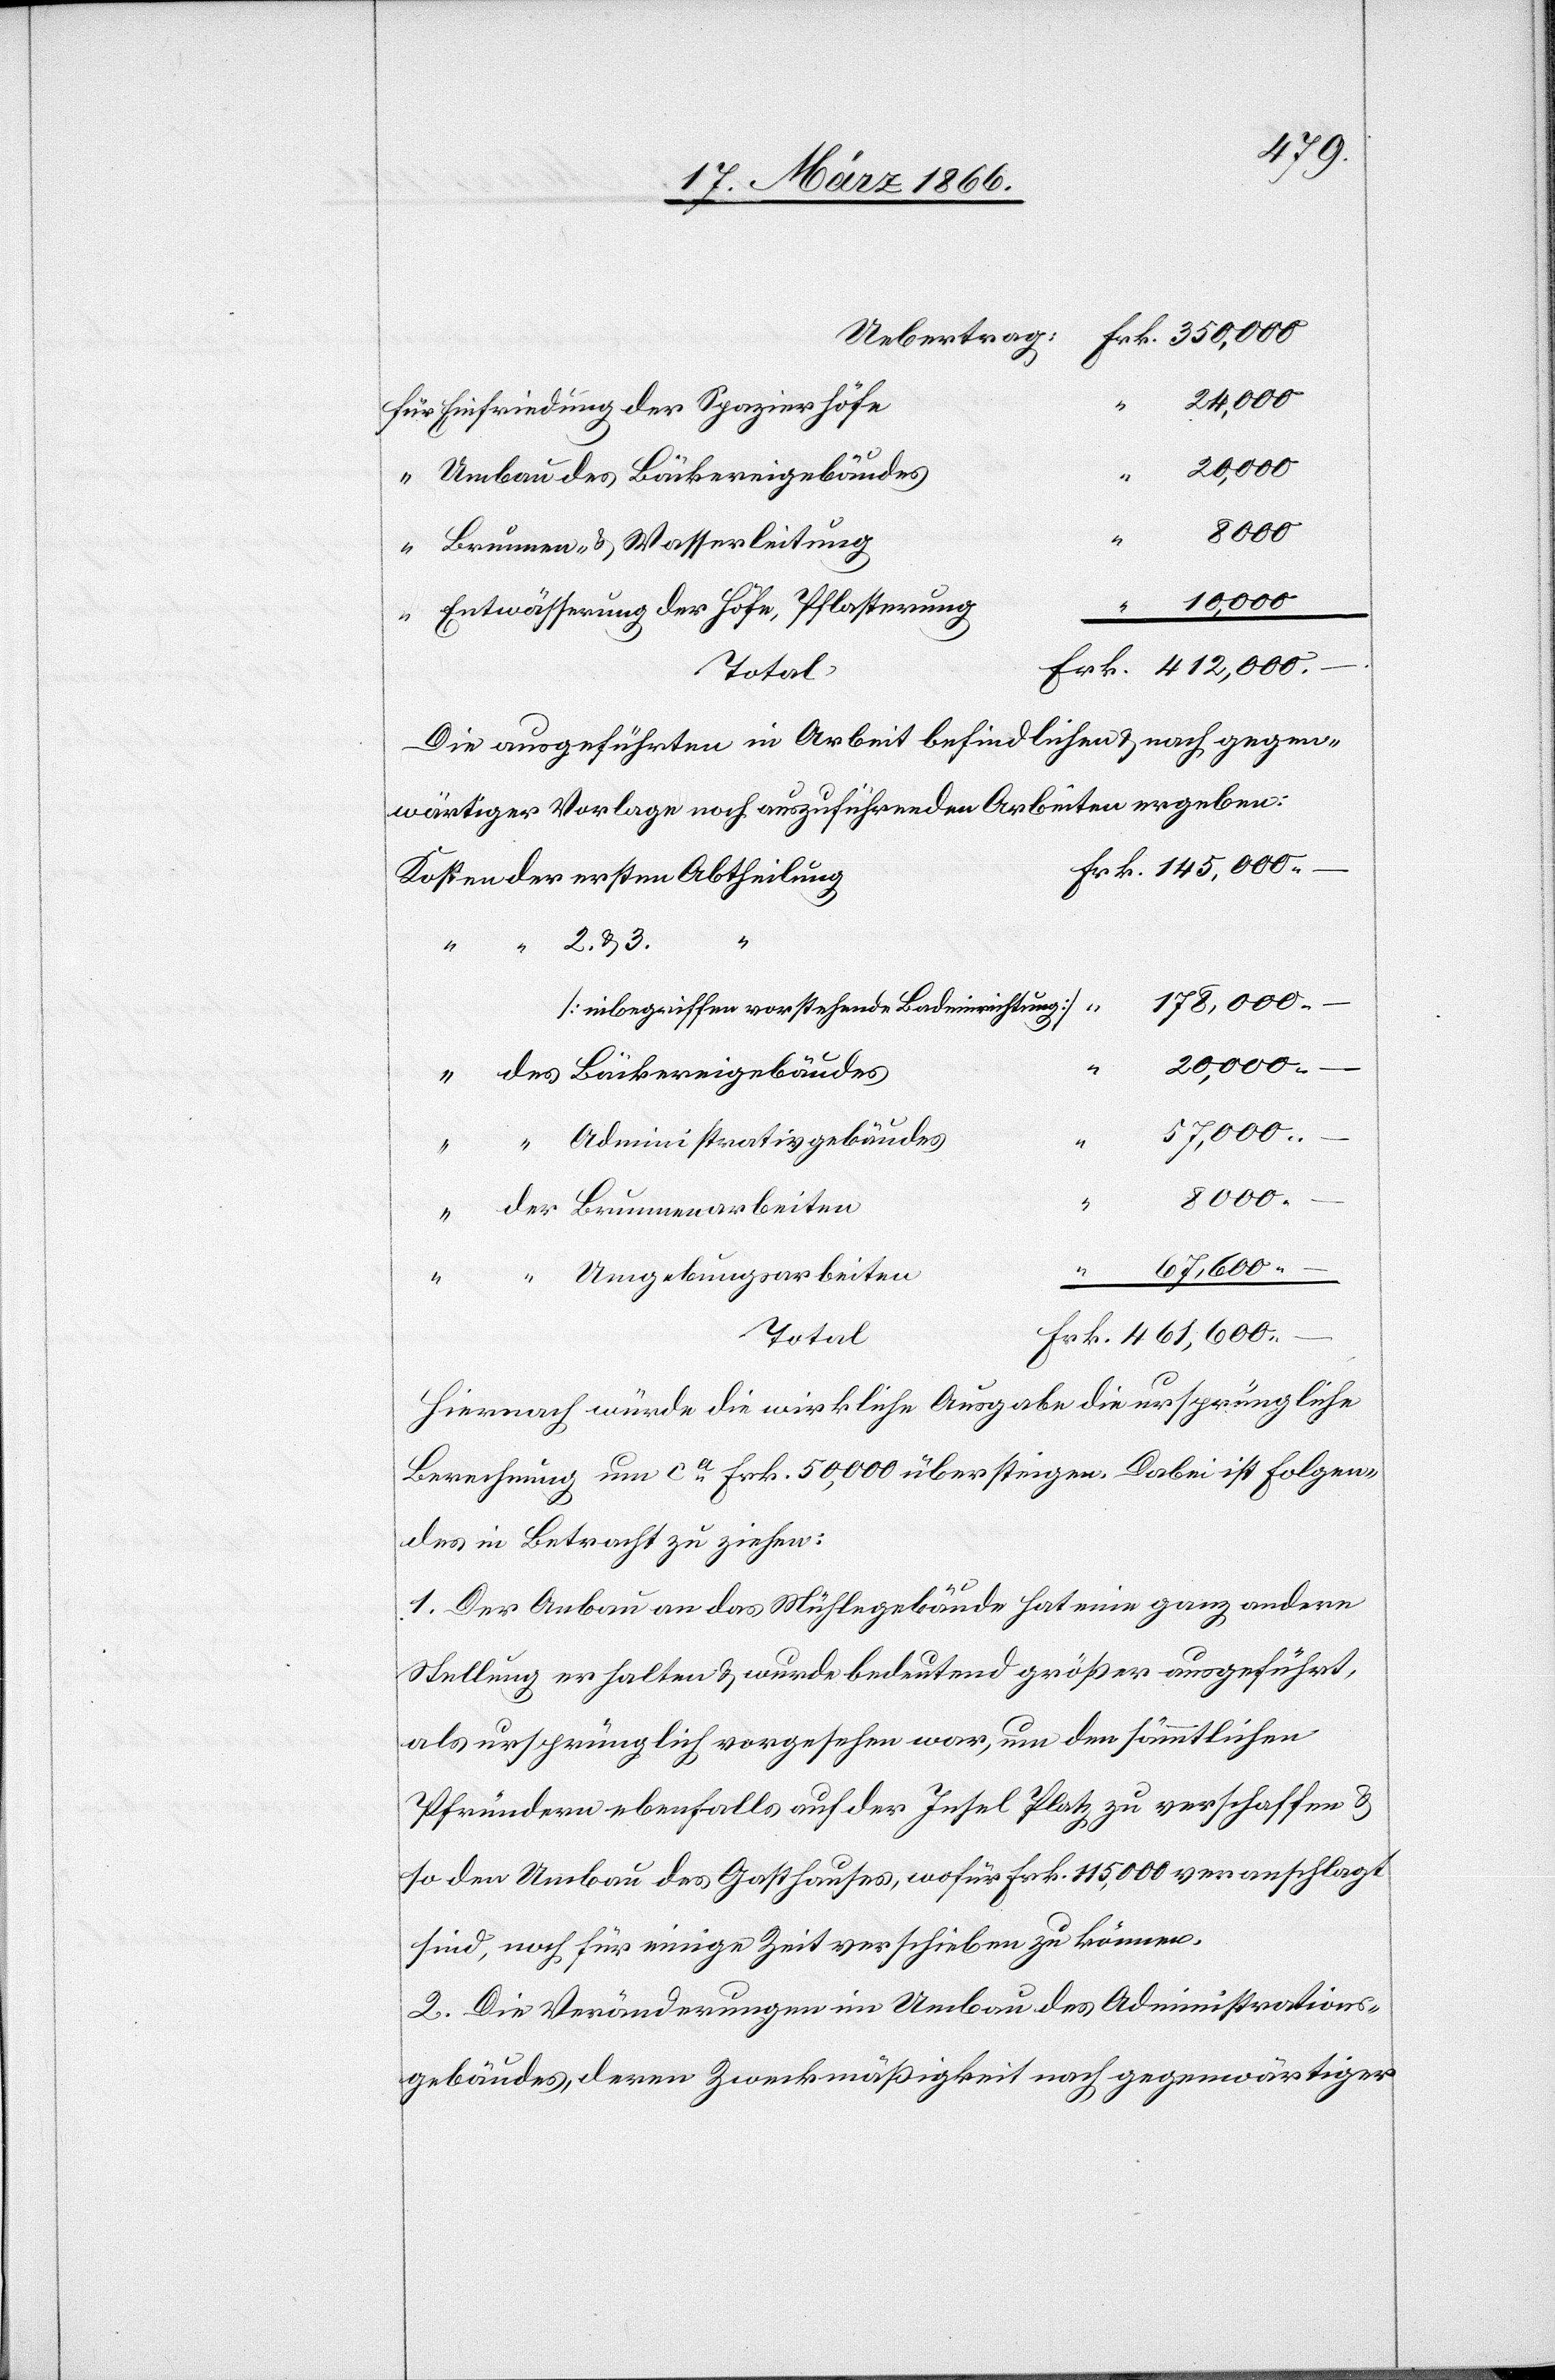
Frk.
Einfriedung der Spazierhöfe
Umbau des Bäckereigebäudes
8000
“
Brunnen- u. Wasserleitung
Entwässerung der Höfe, Pflasterung
Total
Die ausgeführten in Arbeit befindelichen u. nach gegen¬
wärtiger Vorlage noch auszuführenden Arbeiten ergebn:
Kosten der ersten Abtheilung
2. u. 3.
[inbegriffen vorstehende Badeinrichtung]
20 000
“ des Bäckereigebäudes
57 000
“ Administrativgebäudes
“ “ Brunnenarbeiten
461 600
“ Umgebungsarbeiten
“
Hiernach würde die wirkliche Ausgabe die ursprüngliche
Berechnung um ca. Frk. 50 000 übersteigen. Dabei ist folgen¬
des in Betracht zu ziehen:
1. Der Anbau an das Mühlegebäude hat eine ganz andere
Stellung erhalten u. wurde bedeutend größer ausgeführt,
als ursprünglich vorgesehen war, um den sämmtlichen
Pfründern ebenfalls auf der Insel Platz zu verschaffen u.
so den Umbau des Gasthauses, wofür Fr. 115 000 vorangeschlagt
sind, noch für einige Zeit verschieben zu können.
2. Die Veränderungen im Anbau des Administrativ¬
gebäudes, deren Zweckmäßigkeit nach gegenwärtiger